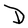
Character: D